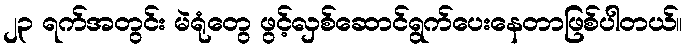
၂၃ ရက်အတွင်း မဲရုံတွေ ဖွင့်လှစ်ဆောင်ရွက်ပေးနေတာဖြစ်ပါတယ်။